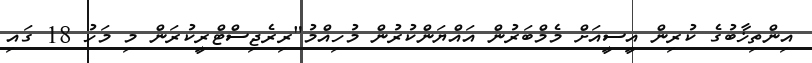
އިންތިޚާބުގެ ކުރިން އީސީއަށް މެމްބަރުން އައްޔަންކުރުން މުހިއްމު"ރިރެޖިސްޓްރީކުރަން މި މަހު 18 ގައި